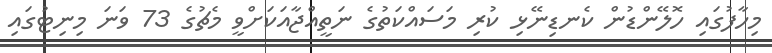
މިހާފުގައި ހޮލޭންޑުން ކެނޑިނޭޅި ކުރި މަސައްކަތުގެ ނަތީއްޖާއަކަށްވީ މެޗުގެ 73 ވަނަ މިނިޓުގައި